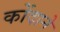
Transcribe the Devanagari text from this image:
कोंदाने